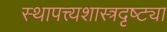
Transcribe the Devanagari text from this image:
स्थापत्त्यशास्त्रदृष्ट्या